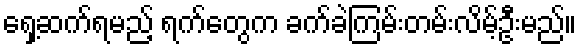
ရှေ့ဆက်ရမည့် ရက်တွေက ခက်ခဲကြမ်းတမ်းလိမ့်ဦးမည်။